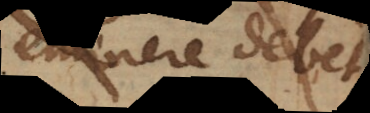
eminere debet.